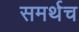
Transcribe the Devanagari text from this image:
समर्थच